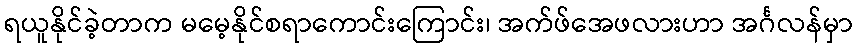
ရယူနိုင်ခဲ့တာက မမေ့နိုင်စရာကောင်းကြောင်း၊ အက်ဖ်အေဖလားဟာ အင်္ဂလန်မှာ